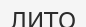
ЛИТО